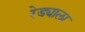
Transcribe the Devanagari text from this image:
रेड्याला